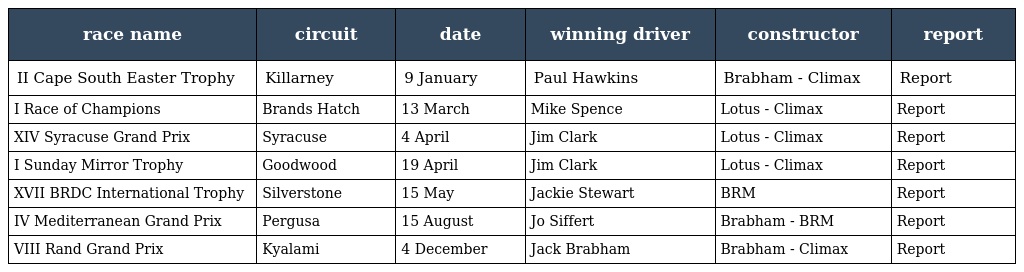
| race name | circuit | date | winning driver | constructor | report |
 | --- | --- | --- | --- | --- | --- |
 | II Cape South Easter Trophy | Killarney | 9 January | Paul Hawkins | Brabham - Climax | Report |
 | I Race of Champions | Brands Hatch | 13 March | Mike Spence | Lotus - Climax | Report |
 | XIV Syracuse Grand Prix | Syracuse | 4 April | Jim Clark | Lotus - Climax | Report |
 | I Sunday Mirror Trophy | Goodwood | 19 April | Jim Clark | Lotus - Climax | Report |
 | XVII BRDC International Trophy | Silverstone | 15 May | Jackie Stewart | BRM | Report |
 | IV Mediterranean Grand Prix | Pergusa | 15 August | Jo Siffert | Brabham - BRM | Report |
 | VIII Rand Grand Prix | Kyalami | 4 December | Jack Brabham | Brabham - Climax | Report |